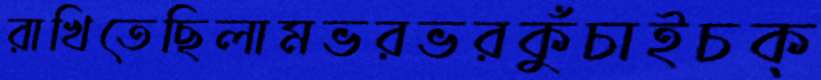
রাখিতেছিলামভরভরকুঁচাইচক্